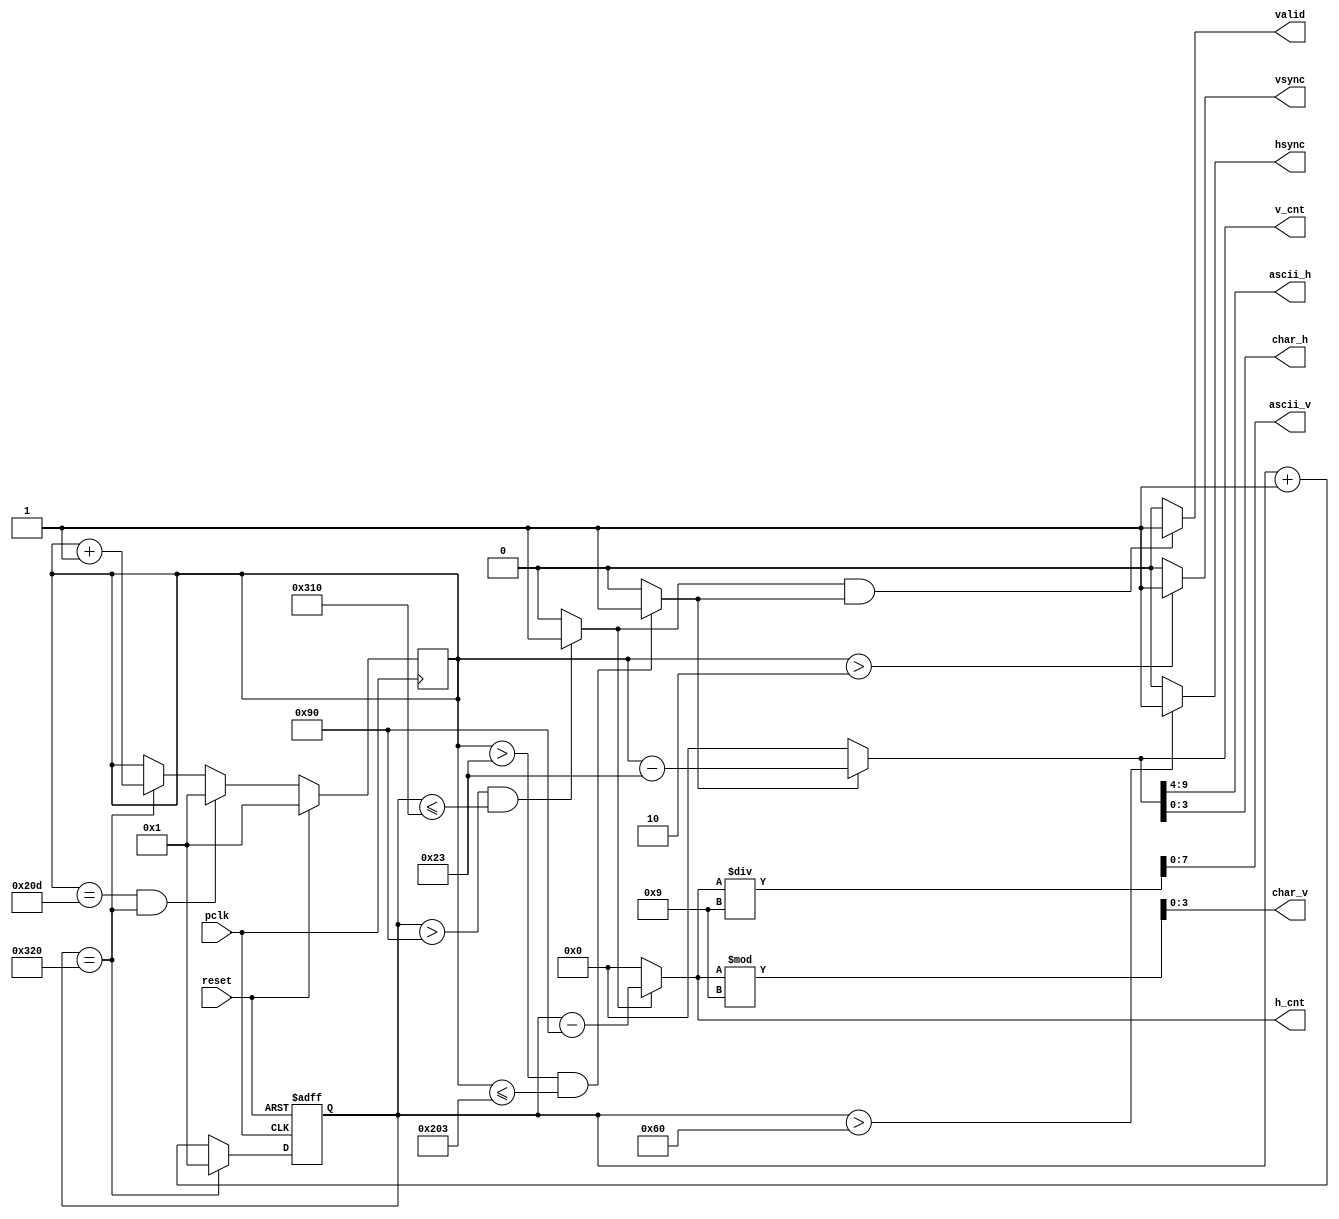
`timescale 1 ns / 1 ns


module vga_640x480(pclk, reset, hsync, vsync, valid, h_cnt, v_cnt, ascii_h, ascii_v, char_h, char_v);
   input        pclk;
   input        reset;
   output       hsync;
   output       vsync;
   output       valid;
   output [9:0] h_cnt;
   output [9:0] v_cnt;
	output [5:0]ascii_h; // ,h_cnt / 16, 0~30
	output [7:0]ascii_v; // , v_cnt / 9, 0~70
	output [3:0]char_h; // , h_cnt % 16
	output [3:0]char_v; // , v_cnt % 9
	
	assign ascii_v = h_cnt / 9;
	assign char_v = h_cnt % 9;
   
   parameter    h_frontporch = 96;
   parameter    h_active = 144;
   parameter    h_backporch = 784;
   parameter    h_total = 800;
   
   parameter    v_frontporch = 2;
   parameter    v_active = 35;
   parameter    v_backporch = 515;
   parameter    v_total = 525;
   
   reg [9:0]    x_cnt;
   reg [9:0]    y_cnt;
   
   wire         h_valid;
   wire         v_valid;
   
   
   always @(posedge reset or posedge pclk) begin
      if (reset == 1'b1)
         x_cnt <= 1;
      else 
      begin
         if (x_cnt == h_total)
            x_cnt <= 1;
         else begin
            x_cnt <= x_cnt + 1;
				/*if(h_valid) begin
					if(char_v == 8) begin
						char_v = 0;
						if(ascii_v == 69) begin
							ascii_v = 0;
						end
						else
							ascii_v = ascii_v + 1;
					end
					else
						char_v = char_v + 1;
				end*/
			end
      end
	end
   
   always @(posedge pclk)
      if (reset == 1'b1)
         y_cnt <= 1;
      else 
      begin
         if (y_cnt == v_total & x_cnt == h_total)
            y_cnt <= 1;
         else if (x_cnt == h_total)
            y_cnt <= y_cnt + 1;
      end
   
   assign hsync = ((x_cnt > h_frontporch)) ? 1'b1 : 
                  1'b0;
   assign vsync = ((y_cnt > v_frontporch)) ? 1'b1 : 
                  1'b0;
   
   assign h_valid = ((x_cnt > h_active) & (x_cnt <= h_backporch)) ? 1'b1 : 
                    1'b0;
   assign v_valid = ((y_cnt > v_active) & (y_cnt <= v_backporch)) ? 1'b1 : 
                    1'b0;
   
   assign valid = ((h_valid == 1'b1) & (v_valid == 1'b1)) ? 1'b1 : 
                  1'b0;
   
   assign h_cnt = ((h_valid == 1'b1)) ? x_cnt - 144 : 
                  {10{1'b0}};
   assign v_cnt = ((v_valid == 1'b1)) ? y_cnt - 35 : 
                  {10{1'b0}};
						
	assign ascii_h = v_cnt >> 4;
	assign char_h = v_cnt[3:0];
   
endmodule